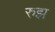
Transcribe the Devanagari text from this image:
रुझ